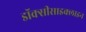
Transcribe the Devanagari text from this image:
डॉक्सीसाइक्लाइन